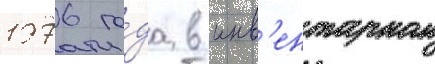
1976 го́да в инв'ентарном